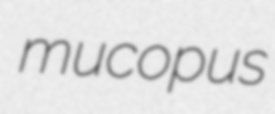
mucopus